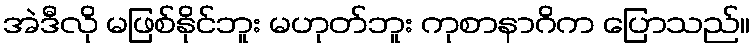
အဲဒီလို မဖြစ်နိုင်ဘူး မဟုတ်ဘူး ကုစာနာဂိက ပြောသည်။